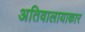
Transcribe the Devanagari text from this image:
अतिवालायाकार